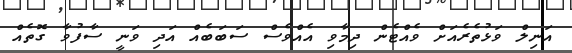
އަނިލް ވަޅުތެރެއަށް ވެއްޓެން ދިމާވި އެއްވެސް ސަބަބެއް އަދި ވަނީ ސާފުވާ ގޮތެއް